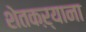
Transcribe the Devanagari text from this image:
शेतकऱ्याना